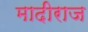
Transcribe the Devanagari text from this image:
मादीराज